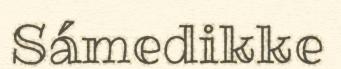
Sámedikke